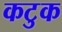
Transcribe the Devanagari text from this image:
कटुक